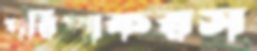
পরিপাকরস